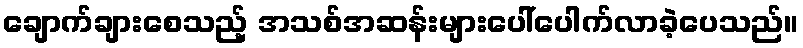
ချောက်ချားစေသည့် အသစ်အဆန်းများပေါ်ပေါက်လာခဲ့ပေသည်။